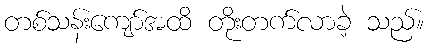
တစ်သန်းကျော်အထိ တိုးတက်လာခဲ့ သည်။